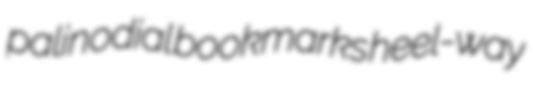
palinodial bookmarks heel-way